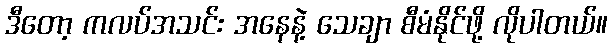
ဒီတော့ ကလပ်အသင်း အနေနဲ့ သေချာ စီမံနိုင်ဖို့ လိုပါတယ်။